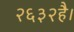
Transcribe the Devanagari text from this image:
२६३२है।